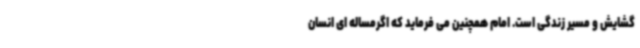
گشایش و مسیر زندگی است. امام همچنین می فرماید که اگرمساله ای انسان